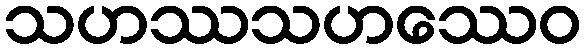
သဟဿသဟဿေဝ